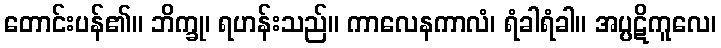
တောင်းပန်၏။ ဘိက္ခု၊ ရဟန်းသည်။ ကာလေနကာလံ၊ ရံခါရံခါ။ အပ္ပဋိကူလေ၊